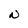
Character: N